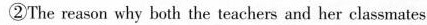
②The reason why both the teachers and her classmates